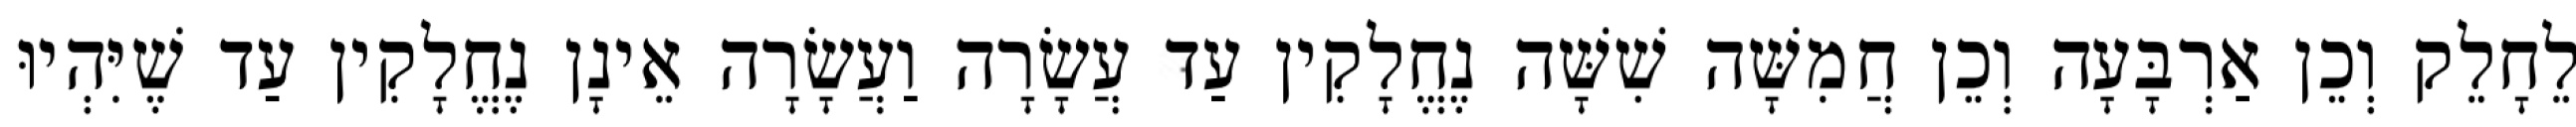
לֵחָלֵק וְכֵן אַרְבָּעָה וְכֵן חֲמִשָּׁה שִׁשָּׁה נֶחֱלָקִין עַד עֲשָׂרָה וַעֲשָׂרָה אֵינָן נֶחֱלָקִין עַד שֶׁיִּהְיוּ